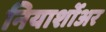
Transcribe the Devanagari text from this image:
नियार्शोअर